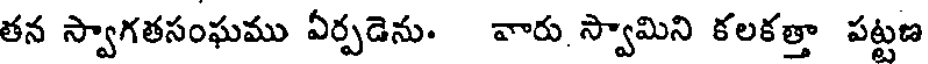
తన స్వాగతసంఘము ఏర్పడెను. వారు. స్వామిని కలకత్తా పట్టణ